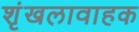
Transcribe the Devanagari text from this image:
शृंखलावाहक